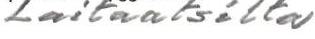
Laitaatsilta